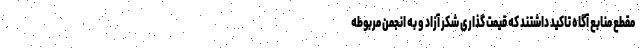
مقطع منابع آگاه تاکید داشتند که قیمت گذاری شکر آزاد و به انجمن مربوطه